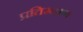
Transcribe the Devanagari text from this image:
प्रतिरूप्रण